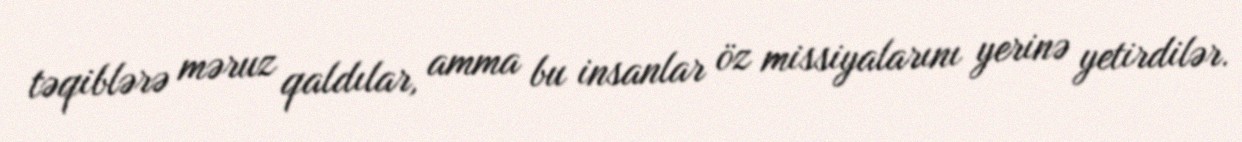
təqiblərə məruz qaldılar, amma bu insanlar öz missiyalarını yerinə yetirdilər.